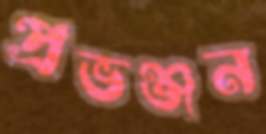
প্রভঞ্জন